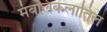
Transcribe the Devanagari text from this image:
मंबलिकलातिल